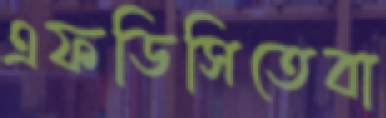
এফডিসিতেবা